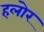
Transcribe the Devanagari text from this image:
हलोर